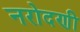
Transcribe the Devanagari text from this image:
नरोदणी